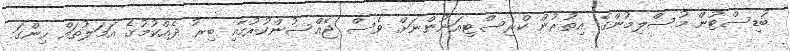
ބުޑިސްޓުން މުސްލިމުންގެ އިތުރުން ކްރިސްޓިއަނުންނަށް ވެސް ޖެއްސުންކުރުމާއި ބިރު ދެއްކުމުގެ އަމަލުތައް ހިންގަ